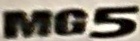
MG5